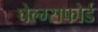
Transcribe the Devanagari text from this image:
चेल्म्सफोर्ड